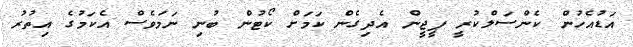
އަޑުއެހުން ކެންސަލްކުރީ ޕީޖީން އެދިގެން ކަމަށް ކޯޓުން ބުނި ނަމަވެސް އެކަމުގެ އިތުރު